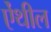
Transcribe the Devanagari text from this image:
ऐंथील